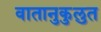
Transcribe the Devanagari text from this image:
वातानुकुलुत